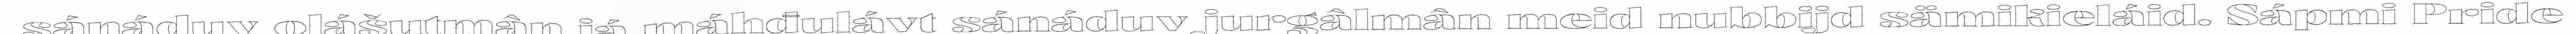
sánáduv olášutmân já máhđulávt sánáduv jurgâlmân meid nubbijd sämikieláid. Sápmi Pride